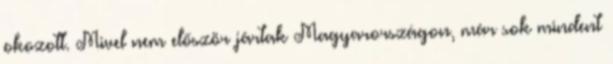
okozott. Mivel nem először jártak Magyarországon, már sok mindent